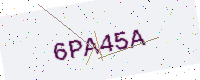
Text: 6PA45A